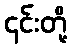
၎င်းတို့